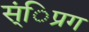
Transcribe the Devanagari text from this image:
स्ंिप्रग